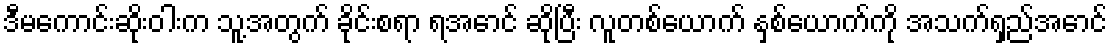
ဒီမကောင်းဆိုးဝါးက သူ့အတွက် ခိုင်းစရာ ရအောင် ဆိုပြီး လူတစ်ယောက် နှစ်ယောက်ကို အသက်ရှည်အောင်